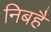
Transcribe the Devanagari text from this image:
निबहैं